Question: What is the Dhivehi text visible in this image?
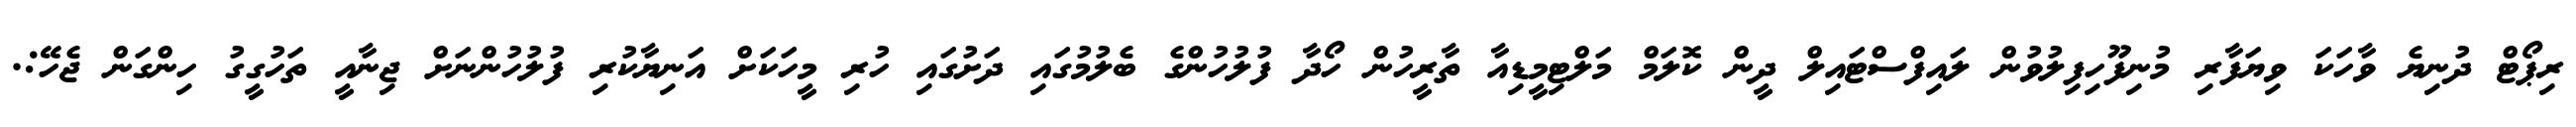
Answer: ރިޕޯޓް ދުނިޔެ ވާހަކަ ވިޔަފާރި މުނިފޫހިފިލުވުން ލައިފްސްޓައިލް ދީން ކޮލަމް މަލްޓިމީޑިއާ ތާރީހުން ހޯދާ ފުލުހުންގެ ބެލުމުގައި ދަށުގައި ހުރި މީހަކަށް އަނިޔާކުރި ފުލުހުންނަށް ޖިނާއީ ތަހުގީގު ހިންގަން ޖެހޭ:.